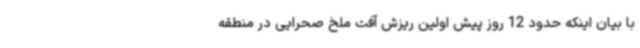
با بیان اینکه حدود 12 روز پیش اولین ریزش آفت ملخ صحرایی در منطقه